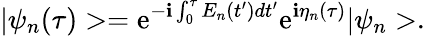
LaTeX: |\psi_{n}(\tau)>=\mathrm{e}^{-\mathbf{i}\int_{0}^{\tau}E_{n}(t^{\prime})dt^{\prime}}\mathrm{e}^{\mathbf{i}\eta_{n}(\tau)}|\psi_{n}>.